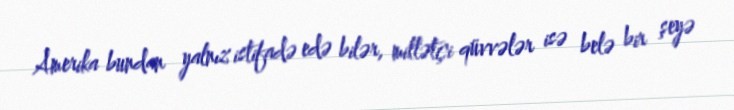
Amerika bundan yalnız istifadə edə bilər, millətçi qüvvələr isə belə bir şeyə